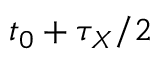
t _ { 0 } + \tau _ { X } / 2